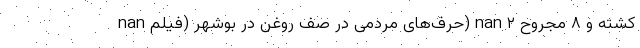
nan حرف‌های مردمی در صف روغن در بوشهر (فیلم) nan ۲ کشته و ۸ مجروح